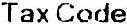
TAX CODE